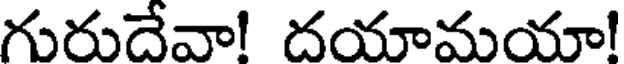
గురుదేవా! దయామయా!